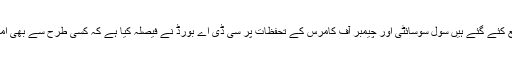
سی ڈی اے کے وکیل نے بتایا کہ رولز وضع کئے گئے ہیں سول سوسائٹی اور چیمبر آف کامرس کے تحفظات پر سی ڈی اے بورڈ نے فیصلہ کیا ہے کہ کسی طرح سے بھی امتیازی سلوک کی اجازت نہیں دی جائے گی ۔